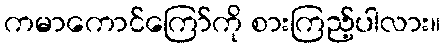
ကမာကောင်ကြော်ကို စားကြည့်ပါလား။